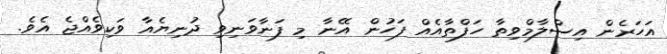
އަހަރެން އިސްލާމްވިތާ ހަފްތާއެއް ފަހުން އޭނާ މި ފަނާވަނިވި ދުނިޔެއާ ވަކިވެއްޖެ އެވެ.